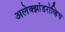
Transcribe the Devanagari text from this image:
अलेक्झांडरोव्हिच